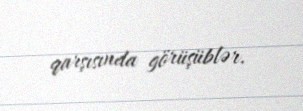
qarşısında görüşüblər.